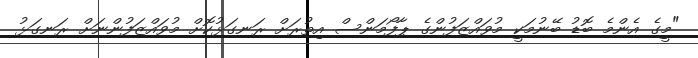
"މީގެ އެންމެ ބޮޑު ބޭނުމަކީ މުވައްޒަފުންގެ ޕާފޯމަންސް އިތުރަށް ރަނގަޅުކޮށް މުވައްޒަފުންނަށް ރަނގަޅު